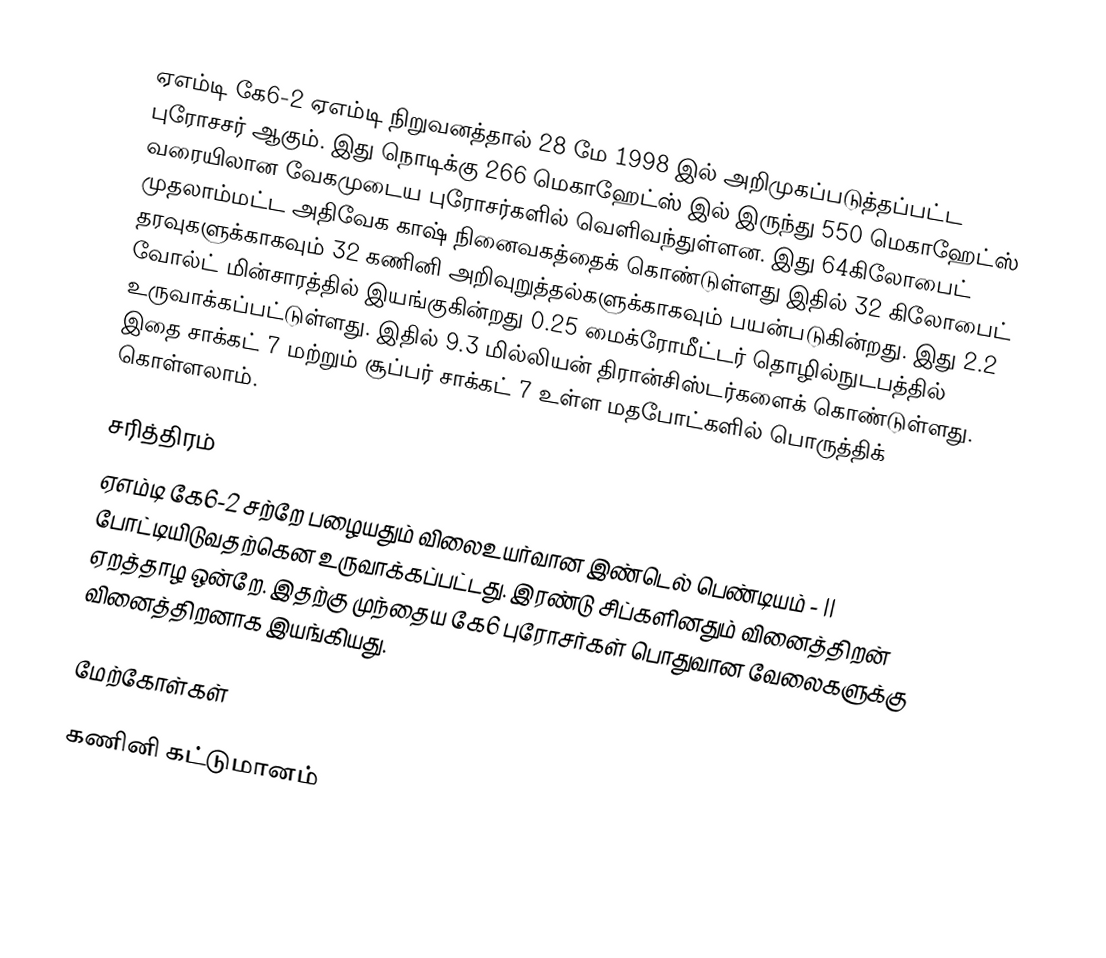
ஏஎம்டி கே6-2 ஏஎம்டி நிறுவனத்தால் 28 மே 1998 இல் அறிமுகப்படுத்தப்பட்ட புரோசசர் ஆகும். இது நொடிக்கு 266 மெகாஹேட்ஸ் இல் இருந்து 550 மெகாஹேட்ஸ் வரையிலான வேகமுடைய புரோசர்களில் வெளிவந்துள்ளன. இது 64கிலோபைட் முதலாம்மட்ட அதிவேக காஷ் நினைவகத்தைக் கொண்டுள்ளது இதில் 32 கிலோபைட் தரவுகளுக்காகவும் 32 கணினி அறிவுறுத்தல்களுக்காகவும் பயன்படுகின்றது. இது 2.2 வோல்ட் மின்சாரத்தில் இயங்குகின்றது 0.25 மைக்ரோமீட்டர் தொழில்நுடபத்தில் உருவாக்கப்பட்டுள்ளது. இதில் 9.3 மில்லியன் திரான்சிஸ்டர்களைக் கொண்டுள்ளது. இதை சாக்கட் 7 மற்றும் சூப்பர் சாக்கட் 7 உள்ள மதபோட்களில் பொருத்திக் கொள்ளலாம்.

சரித்திரம்
ஏஎம்டி கே6-2 சற்றே பழையதும் விலைஉயர்வான இண்டெல் பெண்டியம் - II போட்டியிடுவதற்கென உருவாக்கப்பட்டது. இரண்டு சிப்களினதும் வினைத்திறன் ஏறத்தாழ ஒன்றே. இதற்கு முந்தைய கே6 புரோசர்கள் பொதுவான வேலைகளுக்கு வினைத்திறனாக இயங்கியது.

மேற்கோள்கள்

கணினி கட்டுமானம்